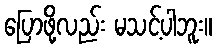
ပြောဖို့လည်း မသင့်ပါဘူး။